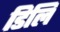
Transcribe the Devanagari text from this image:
डिलि